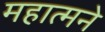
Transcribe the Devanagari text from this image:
महात्मने